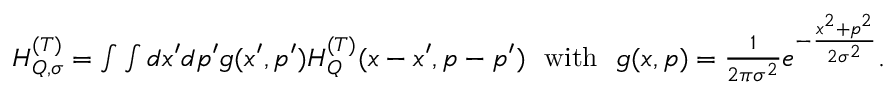
\begin{array} { r } { H _ { Q , \sigma } ^ { ( T ) } = \int \int d x ^ { \prime } d p ^ { \prime } g ( x ^ { \prime } , p ^ { \prime } ) H _ { Q } ^ { ( T ) } ( x - x ^ { \prime } , p - p ^ { \prime } ) \ \ \mathrm { w i t h } \ \ g ( x , p ) = \frac { 1 } { 2 \pi \sigma ^ { 2 } } e ^ { - \frac { x ^ { 2 } + p ^ { 2 } } { 2 \sigma ^ { 2 } } } . } \end{array}